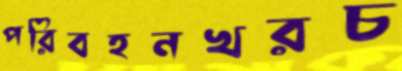
পরিবহনখরচ